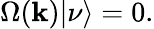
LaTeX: \Omega({\mathbf k})|\nu\rangle=0.